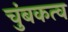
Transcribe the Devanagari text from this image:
चुंबकत्‍व